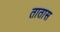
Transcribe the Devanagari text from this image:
तातास